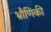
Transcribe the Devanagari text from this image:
भ्रौणिकी